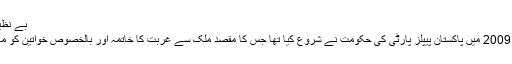
بے نظیر انکم سپورٹ پروگرام کیا ہے
بے نظیر انکم سپورٹ پروگرام 2009 میں پاکستان پیپلز پارٹی کی حکومت نے شروع کیا تھا جس کا مقصد ملک سے غربت کا خاتمہ اور بالخصوص خواتین کو معاشی طور پر مستحکم کرنا تھا۔